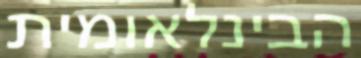
הבינלאומית